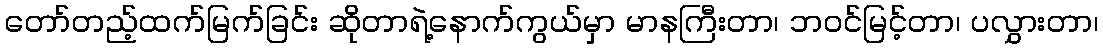
တော်တည့်ထက်မြက်ခြင်း ဆိုတာရဲ့နောက်ကွယ်မှာ မာနကြီးတာ၊ ဘဝင်မြင့်တာ၊ ပလွှားတာ၊